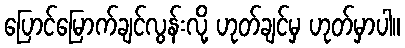
ပြောင်မြောက်ချင်လွန်းလို့ ဟုတ်ချင်မှ ဟုတ်မှာပါ။